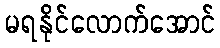
မရနိုင်လောက်အောင်